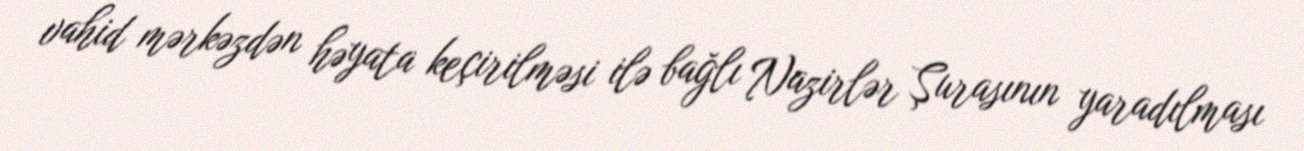
vahid mərkəzdən həyata keçirilməsi ilə bağlı Nazirlər Şurasının yaradılması